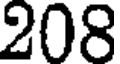
208